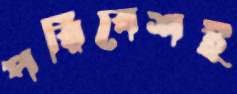
পরিবেশই